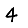
Digit: 4